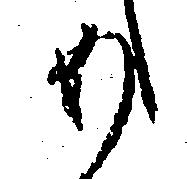
め